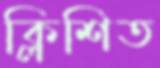
ক্লিশিত